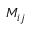
M _ { i j }